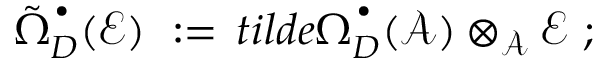
\tilde { \Omega } _ { D } ^ { \, ^ { \bullet } } ( { \mathcal E } ) \ : = \, t i l d e { \Omega } _ { D } ^ { \, ^ { \bullet } } ( { \mathcal A } ) \otimes _ { { \mathcal A } } { \mathcal E } \ ;